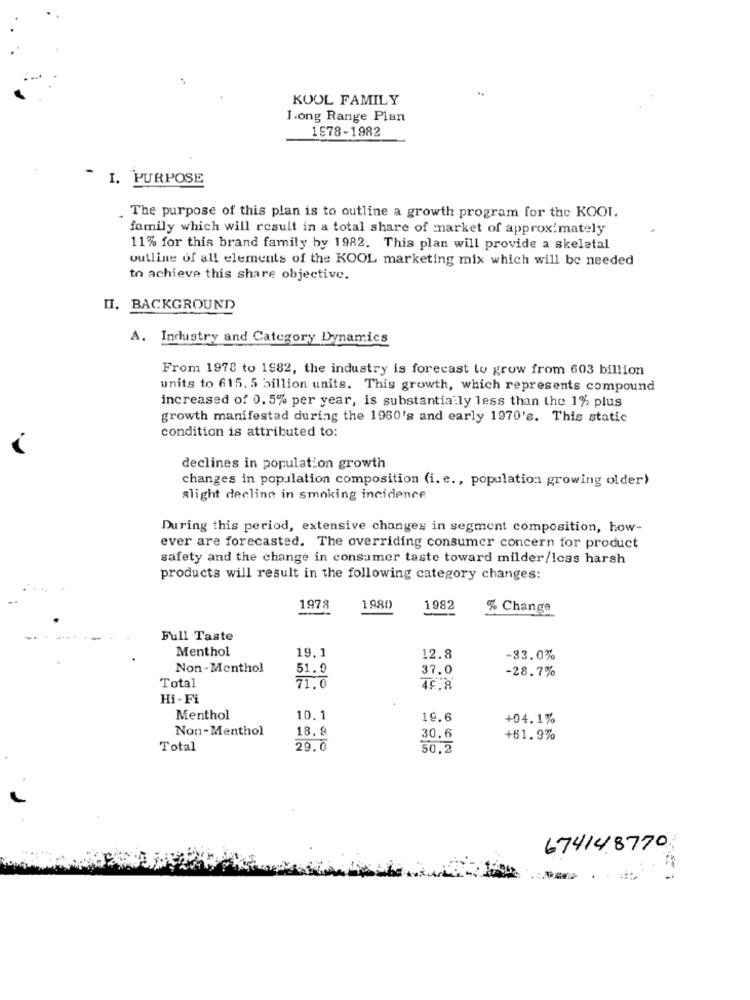
KOOL FAMILY
Long Range Plan
1878-1982
I. PURPOSE
. The purpose of this plan is to outline a growth program for the KOOI.
family which will result in a total share of market of approximately
11% for this brand family by 1982. This plan will provide a skeletal
outline of all elements of the KOOL marketing mix which will be needed
to achieve this share objective.
II. BACKGROUND
A. Industry and Category Dynamics
From 1978 to 1982, the industry is forecast to grow from 603 billion
units to 615. 5 billion units. This growth, which represents compound
increased of 0. 5% per year, is substantially less than the 1% plus
growth manifestad during the 1960's and early 1970's. This static
condition is attributed to:
declines in population growth
changes in population composition (i. e ., population growing older)
slight decline in smoking incidence
During this period, extensive changes in segment composition, how-
ever are forecasted. The overriding consumer concern for product
safety and the change in consumer taste toward milder/less harsh
products will result in the following category changes:
1978
1980
1982
% Change
Full Taste
Menthol
19.1
12.8
-33.0%
Non - Menthol
51.0
37.0
-28.7%
Total
71.0
Hi - Fi
Menthol
10.1
19.6
+04.1%
Non-Menthol
18.9
30.6
+61.9%
Total
29.0
50,2
674148770